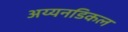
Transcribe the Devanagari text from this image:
अय्यनडिकल